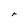
Character: r